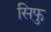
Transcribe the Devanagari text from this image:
सिफु